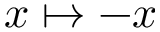
x \mapsto - x